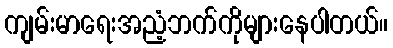
ကျမ်းမာရေးအညံ့ဘက်ကိုများနေပါတယ်။